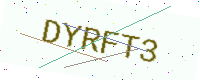
Text: DYRFT3